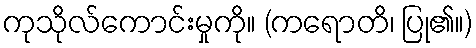
ကုသိုလ်ကောင်းမှုကို။ (ကရောတိ၊ ပြု၏။)